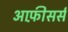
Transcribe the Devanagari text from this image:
आफ़ीसर्स